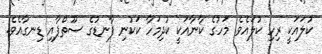
ކުލައަކީ ރިހި ކުލައެވެ. މަހުގެ ކާނާއަކީ ކުދިމަހާ ކަކުނި ފާނޑުގެ ސޫތްޕާއި ޑިނގާއެވެ.